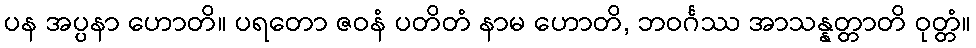
ပန အပ္ပနာ ဟောတိ။ ပရတော ဇဝနံ ပတိတံ နာမ ဟောတိ, ဘဝင်္ဂဿ အာသန္နတ္တာတိ ဝုတ္တံ။